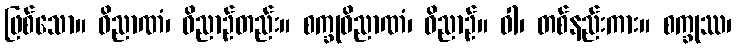
ဖြစ်သော။ ဝိညာဏံ၊ ဝိညာဉ်တည်း။ စက္ခုဝိညာဏံ၊ ဝိညာဉ်။ ဝါ၊ တစ်နည်းကား။ စက္ခုဿ၊